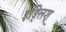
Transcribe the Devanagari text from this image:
इङ्लिश्